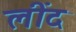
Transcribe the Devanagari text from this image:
लींद